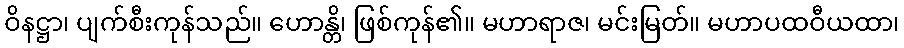
ဝိနဋ္ဌာ၊ ပျက်စီးကုန်သည်။ ဟောန္တိ၊ ဖြစ်ကုန်၏။ မဟာရာဇ၊ မင်းမြတ်။ မဟာပထဝီယထာ၊